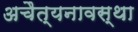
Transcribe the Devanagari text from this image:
अचैत्यनावस्था